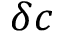
\delta c